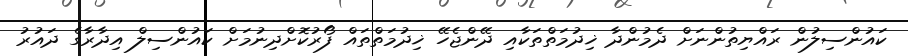
ކައުންސިލުން ރައްޔިތުންނަށް ދެމުންދާ ޚިދުމަތްތަކާއި ދޭންޖެހޭ ޚިދުމަތްތައް ފޯރުކޮށްދިނުމަށް ކައުންސިލް އިދާރާގެ ދައުރު